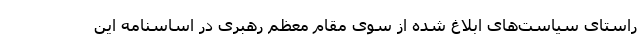
راستای سیاست‌های ابلاغ شده از سوی مقام معظم رهبری در اساسنامه این